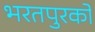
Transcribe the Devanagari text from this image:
भरतपुरको